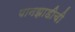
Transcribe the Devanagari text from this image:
पानझाडीची